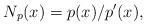
LaTeX: \begin{align*}~N_p(x)=p(x)/p'(x),\end{align*}